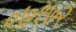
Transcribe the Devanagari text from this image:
०७१७२